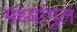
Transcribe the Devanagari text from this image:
मध्यांगुल